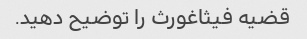
قضیه فیثاغورث را توضیح دهید.